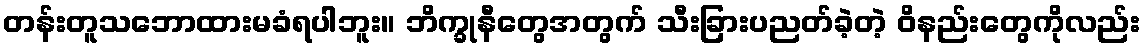
တန်းတူသဘောထားမခံရပါဘူး။ ဘိက္ခုနီတွေအတွက် သီးခြားပညတ်ခဲ့တဲ့ ဝိနည်းတွေကိုလည်း